Vaccination in Bombay 1869-1873 - 1869-1873
Year: 1869
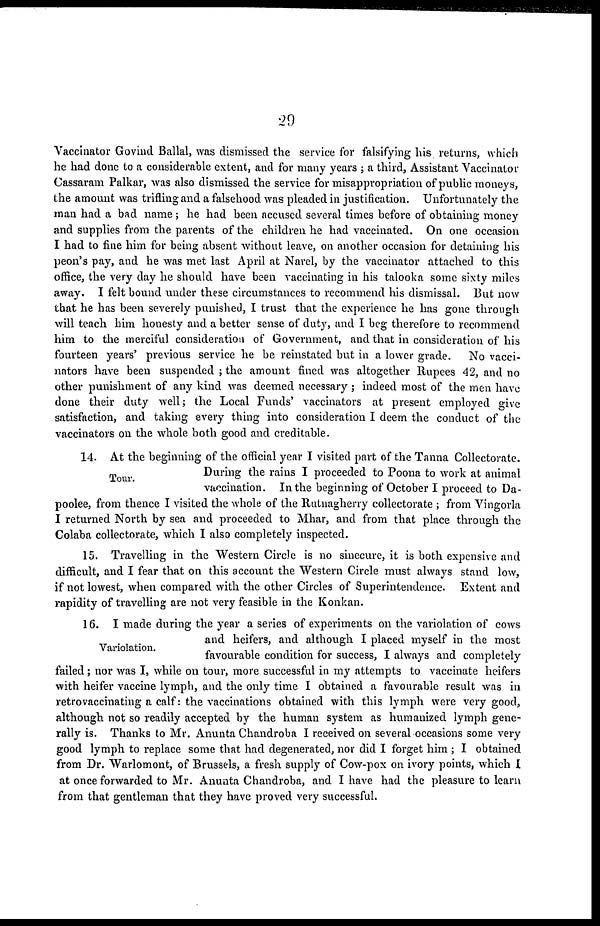
29
Vaccinator Govind Ballal, was dismissed the service for falsifying his returns, which
he had done to a considerable extent, and for many years ; a third, Assistant Vaccinator
Cassaram Palkar, was also dismissed the service for misappropriation of public moneys,
the amount was trifling and a falsehood was pleaded in justification. Unfortunately the
man had a bad name; he had been accused several times before of obtaining money
and supplies from the parents of the children he had vaccinated. On one occasion
I had to fine him for being absent without leave, on another occasion for detaining his
peon's pay, and he was met last April at Narel, by the vaccinator attached to this
office, the very day he should have been vaccinating in his talooka some sixty miles
away. I felt bound under these circumstances to recommend his dismissal. But now
that he has been severely punished, I trust that the experience he has gone through
will teach him honesty and a better sense of duty, and I beg therefore to recommend
him to the merciful consideration of Government, and that in consideration of his
fourteen years' previous service he be reinstated but in a lower grade.
No vacci-
nators have been suspended ; the amount fined was altogether Rupees 42, and no
other punishment of any kind was deemed necessary ; indeed most of the men have
done their duty well; the Local Funds' vaccinators at present employed give
satisfaction, and taking every thing into consideration I deem the conduct of the
vaccinators on the whole both good and creditable.
Tour.
14. At the beginning of the official year I visited part of the Tanna Collectorate.
During the rains I proceeded to Poona to work at animal
vaccination. In the beginning of October I proceed to Da-
poolee, from thence I visited the whole of the Rutnagherry collectorate ; from Vingorla
I returned North by sea and proceeded to Mhar, and from that place through the
Colaba collectorate, which I also completely inspected.
15. Travelling in the Western Circle is no sinecure, it is both expensive and
difficult, and I fear that on this account the Western Circle must always stand low,
if not lowest, when compared with the other Circles of Superintendence. Extent and
rapidity of travelling are not very feasible in the Konkan.
Variolation.
16. I made during the year a series of experiments on the variolation of cows
and heifers, and although I placed myself in the most
favourable condition for success, I always and completely
failed; nor was I, while on tour, more successful in my attempts to vaccinate heifers
with heifer vaccine lymph, and the only time I obtained a favourable result was in
retrovaccinating a calf: the vaccinations obtained with this lymph were very good,
although not so readily accepted by the human system as humanized lymph gene-
rally is. Thanks to Mr. Anunta Chandroba I received on several occasions some very
good lymph to replace some that had degenerated, nor did I forget him ; I obtained
from Dr. Warlomont, of Brussels, a fresh supply of Cow-pox on ivory points, which I
at once forwarded to Mr. Anunta Chandroba, and I have had the pleasure to learn
from that gentleman that they have proved very successful.